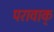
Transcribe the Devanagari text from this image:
परावाक्